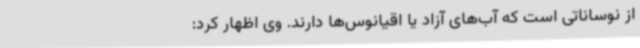
از نوساناتی است که آب‌های آزاد یا اقیانوس‌ها دارند. وی اظهار کرد: